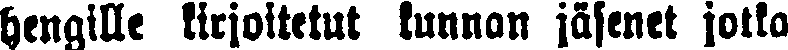
hengille kirjoitetut kunnan jäsenet jotka